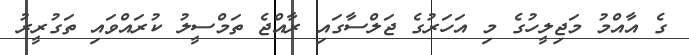
ގެ އާއްމު މަޖިލީހުގެ މި އަހަރުގެ ޖަލްސާގައި ރާއްޖެ ތަމްސީލު ކުރައްވައި ތަގުރީރު